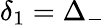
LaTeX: \delta_{1}=\Delta_{-}